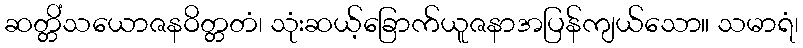
ဆတ္တိံသယောဇနဝိတ္တတံ၊ သုံးဆယ့်ခြောက်ယူဇနာအပြန်ကျယ်သော။ သမာရံ၊